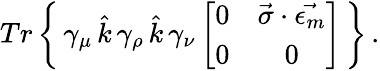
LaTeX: Tr\left\{ \, \gamma_{\mu}\, \hat{k}\, \gamma_{\rho}\, \hat{k}\, \gamma_{\nu}\left[\begin{array}{cc}{{0}}&{{\vec{\sigma}\cdot\vec{\epsilon_{m}}}}\\ {{0}}&{{0}}\end{array}\right]\, \right\} \, .